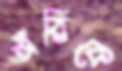
অঁরিকে